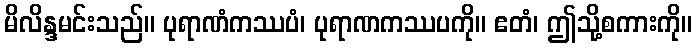
မိလိန္ဒမင်းသည်။ ပုရာဏံကဿပံ၊ ပုရာဏကဿပကို။ ဧတံ၊ ဤသို့စကားကို။